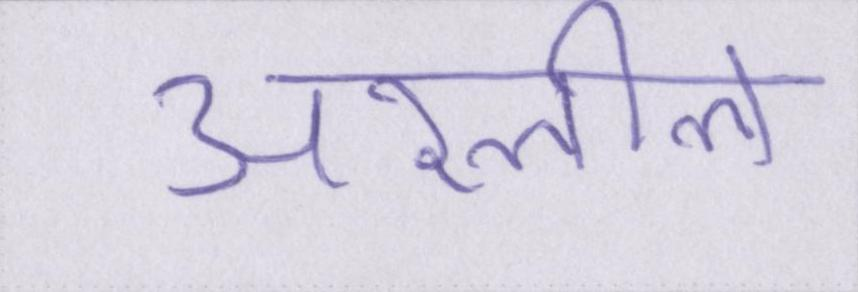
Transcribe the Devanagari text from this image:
अश्लील